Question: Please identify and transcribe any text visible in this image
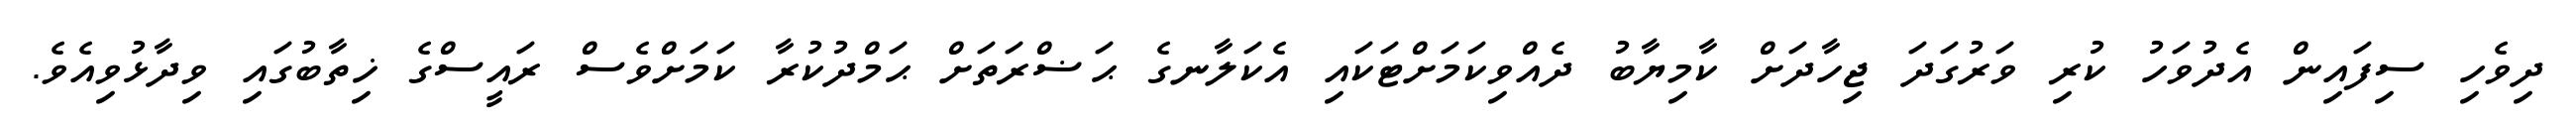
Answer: ދިވެހި ސިފައިން އެދުވަހު ކުރި ވަރުގަދަ ޖިހާދަށް ކާމިޔާބު ދެއްވިކަމަށްޓަކައި އެކަލާނގެ ޙަޟްރަތަށް ޙަމްދުކުރާ ކަމަށްވެސް ރައީސްގެ ޚިތާބުގައި ވިދާޅުވިއެވެ.